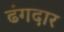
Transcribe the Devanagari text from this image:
ढंगदार